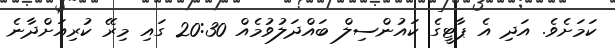
ކަމަށެވެ. އަދި އެ ޕާޓީގެ ކައުންސިލް ބައްދަލުވުމެއް 20:30 ގައި މިރޭ ކުރިއަށްދާނެ